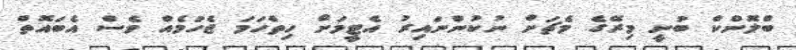
ބްލޮންކް ބުނީ މިރޭގެ މެޗަށް ނުކުންނައިރު އެޓީމަށް ހިތްހަމަ ޖެހުމެއް ވެސް އެބައޮތް